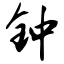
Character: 钟